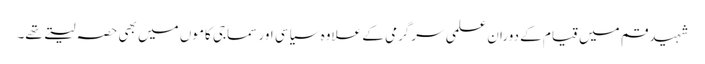
شہید قم میں قیام کے دوران علمی سرگرمی کے علاوہ سیاسی اور سماجی کاموں میں بھی حصہ لیتے تھے۔